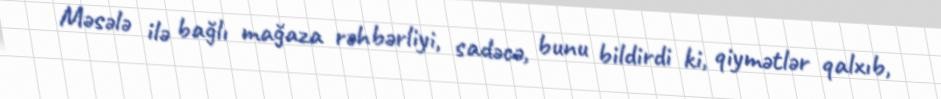
Məsələ ilə bağlı mağaza rəhbərliyi, sadəcə, bunu bildirdi ki, qiymətlər qalxıb,